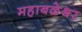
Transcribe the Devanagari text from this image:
महाबळेश्र्वर